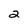
Character: 2